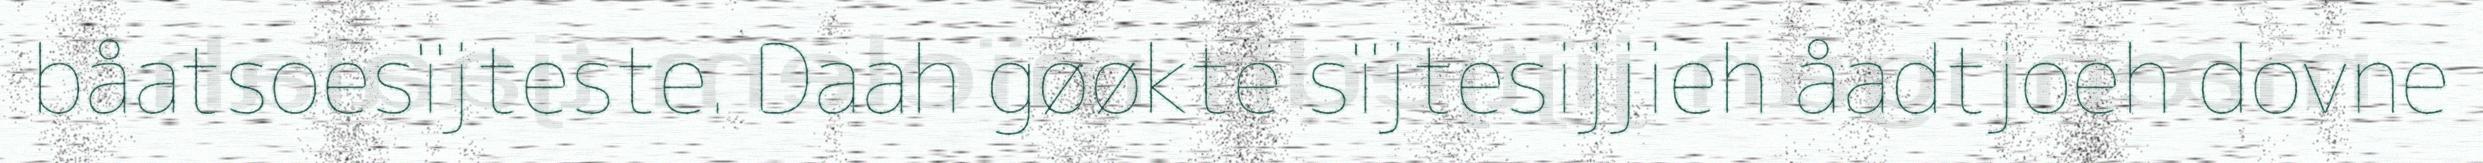
båatsoesïjteste. Daah gøøkte sïjtesijjieh åadtjoeh dovne